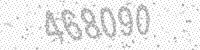
Solution: 468090